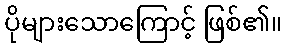
ပိုများသောကြောင့် ဖြစ်၏။